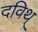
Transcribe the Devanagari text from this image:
दविथ्